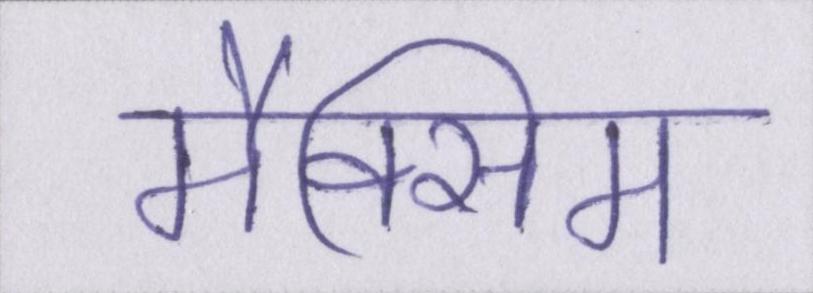
मैक्सिम